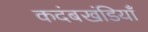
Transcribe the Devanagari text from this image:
कदंबखंडियाँ